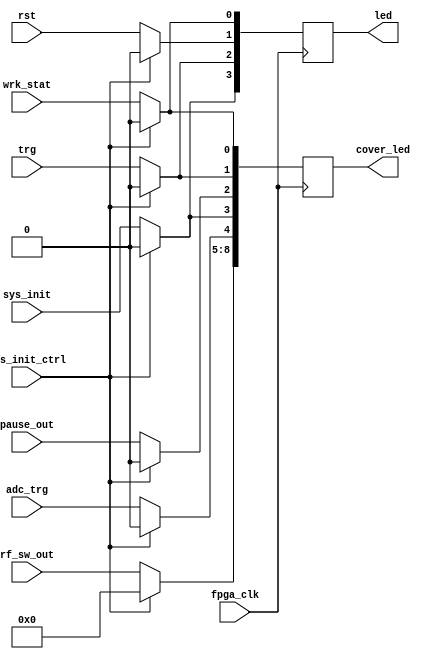
`timescale 1ns / 1ps
//////////////////////////////////////////////////////////////////////////////////
// Company: 
// Engineer: 
// 
// Design Name: 
// Module Name: LED8_counter
// Project Name: 
// Target Devices: 
// Tool Versions: 
// Description: 
// 
// Dependencies: 
// 
// Revision:
// Revision 0.01 - File Created
// Additional Comments:
// 
//////////////////////////////////////////////////////////////////////////////////

module LED8_counter(
    input sys_init_ctrl,
    input fpga_clk,
    
    input sys_init,
    input trg,
    input rst,
    input wrk_stat, // from FSM3
    input pause_out, // from FSM3
    input adc_trg,
    input [3:0] rf_sw_out, // from FSM3
    
    output reg [3:0] led,
    output reg [8:0] cover_led // LED on the Control Board
    );
      
    always @(posedge fpga_clk) begin
        if (sys_init_ctrl) begin
            led[3:0] <= 4'b0000;
            cover_led[8:0] <= 9'b0000_0000_0;
            end
        else begin
            led[3] <= sys_init;
            led[2] <= trg;
            led[1] <= rst;
            led[0] <= wrk_stat;
            cover_led[8:5] <= rf_sw_out;
            cover_led[4] <= adc_trg;
            cover_led[3] <= sys_init;
            cover_led[2] <= pause_out;
            cover_led[1] <= trg;
            cover_led[0] <= wrk_stat;
        end
    end 
endmodule